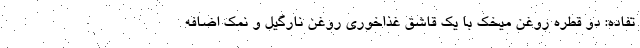
تفاده: دو قطره روغن میخک با یک قاشق غذاخوری روغن نارگیل و نمک اضافه